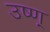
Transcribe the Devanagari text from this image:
उष्ण्